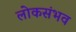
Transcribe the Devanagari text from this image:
लोकसंभव